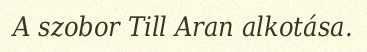
A szobor Till Aran alkotása.